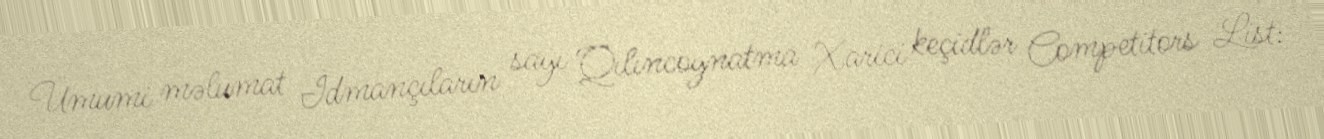
Ümumi məlumat İdmançıların sayı Qılıncoynatma Xarici keçidlər Competitors List: